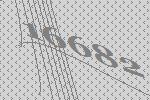
16682